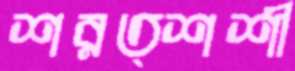
শরত্শশী